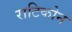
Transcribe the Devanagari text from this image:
राटिकोन